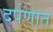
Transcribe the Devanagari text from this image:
दर्पणात